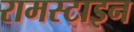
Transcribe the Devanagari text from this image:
रामस्टाइन